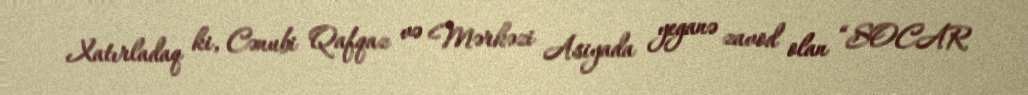
Xatırladaq ki, Cənubi Qafqaz və Mərkəzi Asiyada yeganə zavod olan “SOCAR